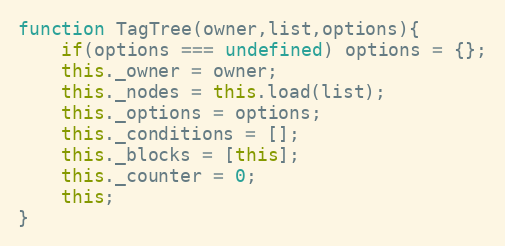
Language: JavaScript
function TagTree(owner,list,options){
	if(options === undefined) options = {};
	this._owner = owner;
	this._nodes = this.load(list);
	this._options = options;
	this._conditions = [];
	this._blocks = [this];
	this._counter = 0;
	this;
}